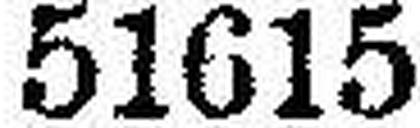
51615